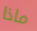
ماذا